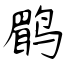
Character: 鹛